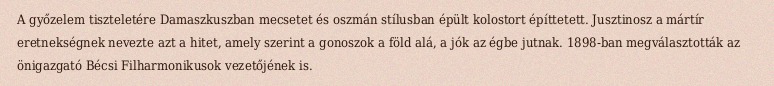
A győzelem tiszteletére Damaszkuszban mecsetet és oszmán stílusban épült kolostort építtetett. Jusztinosz a mártír eretnekségnek nevezte azt a hitet, amely szerint a gonoszok a föld alá, a jók az égbe jutnak. 1898-ban megválasztották az önigazgató Bécsi Filharmonikusok vezetőjének is.